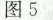
图5